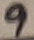
Text: 9